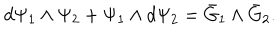
d \Psi _ { 1 } \wedge \Psi _ { 2 } + \Psi _ { 1 } \wedge d \Psi _ { 2 } = \bar { G } _ { 1 } \wedge \bar { G } _ { 2 } .